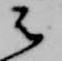
云